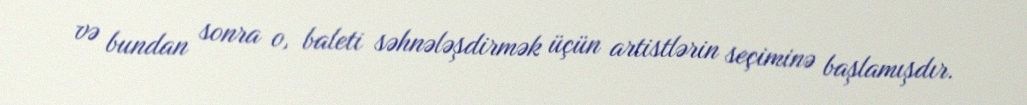
və bundan sonra o, baleti səhnələşdirmək üçün artistlərin seçiminə başlamışdır.